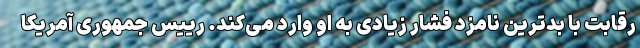
رقابت با بدترین نامزد فشار زیادی به او وارد می‌کند. رییس جمهوری آمریکا